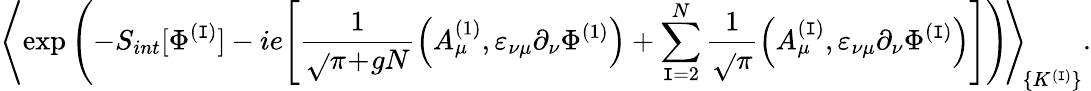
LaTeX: \Bigg\langle\! \exp\left(-S_{int}[\Phi^{(\mathtt{I})}]-ie\Bigg[\frac{{1}}{{\sqrt{}{{\pi\! +\! gN}}}}\Big(A_{\mu}^{(1)},\varepsilon_{\nu\mu}\partial_{\nu}\Phi^{(1)}\Big)+\sum_{\mathtt{I}=2}^{N}\frac{{1}}{{\sqrt{}{{\pi}}}}\Big(A_{\mu}^{(\mathtt{I})},\varepsilon_{\nu\mu}\partial_{\nu}\Phi^{(\mathtt{I})}\Big)\Bigg]\right)\! \Bigg\rangle_{\! \{ K^{(\mathtt{I})}\} }.